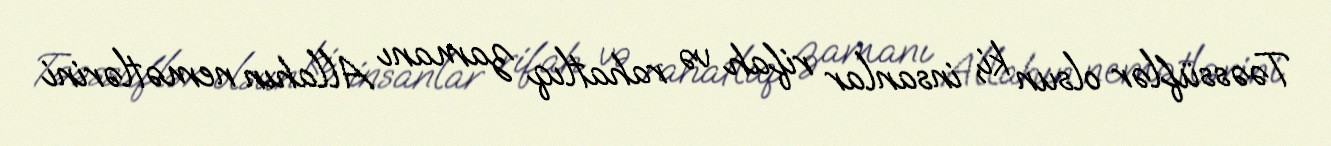
Təəssüflər olsun ki, insanlar rifah və rahatlıq zamanı Allahın nemətlərini